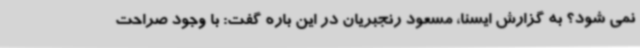
نمی شود؟ به گزارش ایسنا، مسعود رنجبریان در این باره گفت: با وجود صراحت